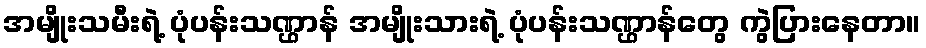
အမျိုးသမီးရဲ့ ပုံပန်းသဏ္ဌာန် အမျိုးသားရဲ့ ပုံပန်းသဏ္ဌာန်တွေ ကွဲပြားနေတာ။